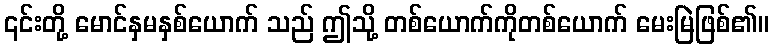
၎င်းတို့ မောင်နှမနှစ်ယောက် သည် ဤသို့ တစ်ယောက်ကိုတစ်ယောက် မေးမြဲဖြစ်၏။